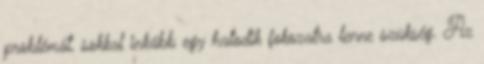
problémát, sokkal inkább egy hatodik fokozatra lenne szükség. Az